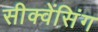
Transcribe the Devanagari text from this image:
सीक्वेंसिंग